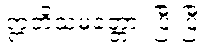
ဣတိသမတ္တော၊ ပြီးပြီ။